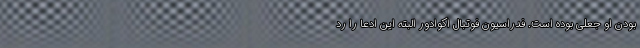
بودن او جعلی بوده است. فدراسیون فوتبال اکوادور البته این ادعا را رد